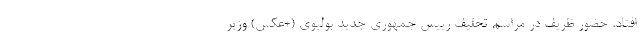
افتاد. حضور ظریف در مراسم تحلیف رییس جمهوری جدید بولیوی (+عکس) وزیر